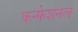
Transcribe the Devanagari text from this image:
कन्फेशनल